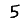
Digit: 5